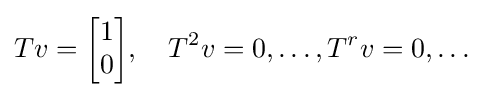
Tv={\begin{bmatrix}1\\0\end{bmatrix}},\quad T^{2}v=0,\ldots ,T^{r}v=0,\ldots